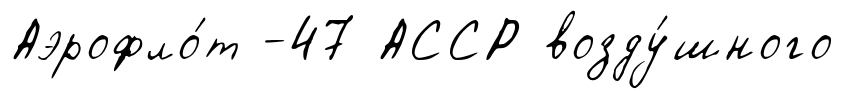
Аэрофло́т -47 АССР возду́шного